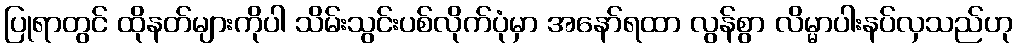
ပြုရာတွင် ထိုနတ်များကိုပါ သိမ်းသွင်းပစ်လိုက်ပုံမှာ အနော်ရထာ လွန်စွာ လိမ္မာပါးနပ်လှသည်ဟု